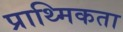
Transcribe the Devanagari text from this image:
प्राथ्मिकता